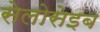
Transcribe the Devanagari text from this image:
सेलोसेइब